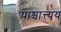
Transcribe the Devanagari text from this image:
पाश्चात्त्यय